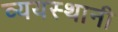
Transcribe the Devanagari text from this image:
व्ययस्थानी